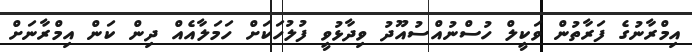
އިމްރާނުގެ ފަރާތުން ވަކީލް ހުސްނުއްސުއޫދު ވިދާޅުވީ ފުލުހަކަށް ހަމަލާއެއް ދިން ކަން އިމްރާނަށް